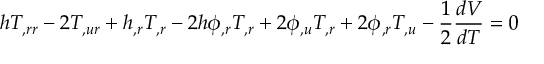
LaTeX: h T _ { , r r } - 2 T _ { , u r } + h _ { , r } T _ { , r } - 2 h \phi _ { , r } T _ { , r } + 2 \phi _ { , u } T _ { , r } + 2 \phi _ { , r } T _ { , u } - \frac 1 2 \frac { d V } { d T } = 0